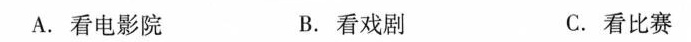
A.看电影院 B.看戏剧 C.看比赛